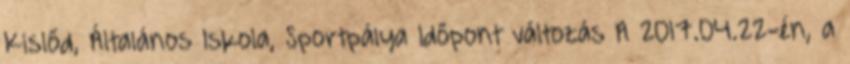
Kislőd, Általános Iskola, Sportpálya Időpont változás A 2017.04.22-én, a